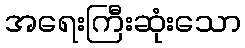
အရေးကြီးဆုံးသော